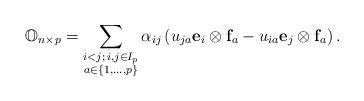
LaTeX: \begin{align*}\mathbb{O}_{n\times p}=\sum_{\substack{i<j;\,i,j\in I_p\\a\in \{1,\dots,p\}}}\alpha_{ij}\left(u_{ja}{\bf e}_i\otimes {\bf f}_a-u_{ia}{\bf e}_j\otimes {\bf f}_a\right).\end{align*}